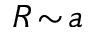
R \! \sim \! a